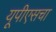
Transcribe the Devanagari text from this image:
यूपीएसचा